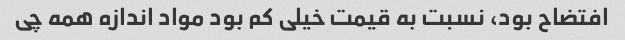
افتضاح بود، نسبت به قیمت خیلی کم بود مواد اندازه همه چی